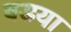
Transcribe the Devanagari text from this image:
वडया